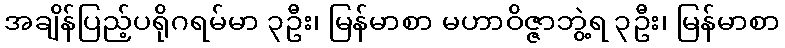
အချိန်ပြည့်ပရိုဂရမ်မာ ၃ဦး၊ မြန်မာစာ မဟာဝိဇ္ဇာဘွဲ့ရ ၃ဦး၊ မြန်မာစာ